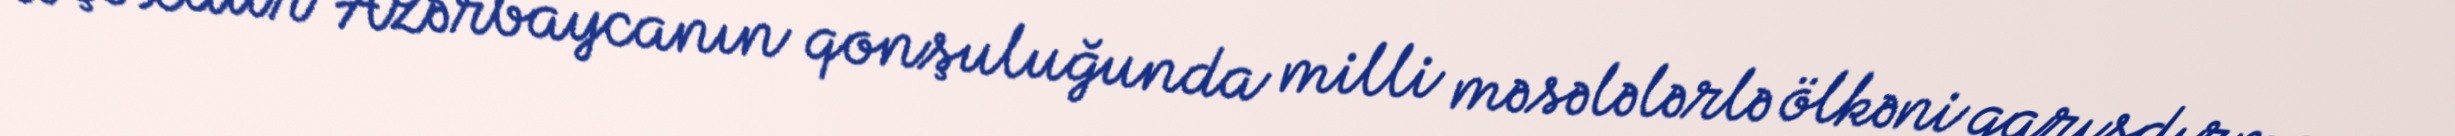
Nə çoxdur Azərbaycanın qonşuluğunda milli məsələlərlə ölkəni qarışdırmaq